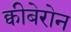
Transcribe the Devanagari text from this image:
क्वीबेरोन